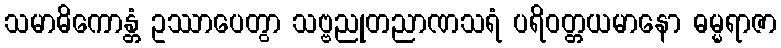
သမာဓိကောန္တံ ဥဿာပေတွာ သဗ္ဗညုတညာဏသရံ ပရိဝတ္တယမာနော ဓမ္မရာဇာ